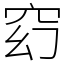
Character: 𥥆